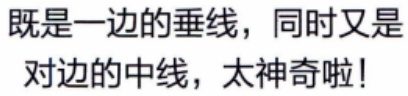
既是一边的垂线，同时又是对边的中线，太神奇啦！